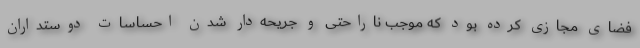
فضای مجازی کرده بود که موجب ناراحتی و جریحه‌دار شدن احساسات دوستداران